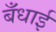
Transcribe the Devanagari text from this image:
बँधाई